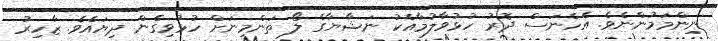
ނިންމަމުންނެވެ. އެހެނަސް ދޮރު ހުޅުވާލުމާއެކު ނަޝާޔާގެ ލޯ ތަންމިނަށް ހުޅުވިގެން ދިޔައެވެ. ޒާހިރު